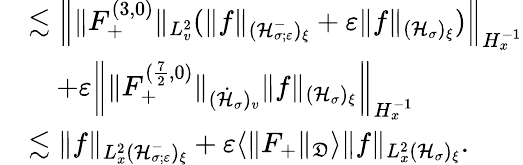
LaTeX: \begin{array}{rl}&{\lesssim\left\| \| F_{+}^{(3,0)}\| _{L_{v}^{2}}(\| f\| _{(\mathcal H_{\sigma;\varepsilon}^{-})_{\xi}}+\varepsilon\| f\| _{(\mathcal H_{\sigma})_{\xi}})\right\| _{H_{x}^{-1}}}\\ &{\quad+\varepsilon\left\| \| F_{+}^{(\frac{7}{2},0)}\| _{(\dot{\mathcal H}_{\sigma})_{v}}\| f\| _{(\mathcal H_{\sigma})_{\xi}}\right\| _{H_{x}^{-1}}}\\ &{\lesssim\| f\| _{L_{x}^{2}(\mathcal H_{\sigma;\varepsilon}^{-})_{\xi}}+\varepsilon\langle\| F_{+}\| _{\mathfrak D}\rangle\| f\| _{L_{x}^{2}(\mathcal H_{\sigma})_{\xi}}.}\end{array}